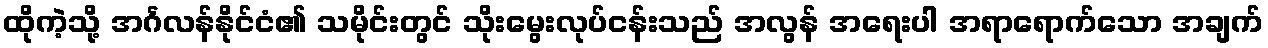
ထိုကဲ့သို့ အင်္ဂလန်နိုင်ငံ၏ သမိုင်းတွင် သိုးမွေးလုပ်ငန်းသည် အလွန် အရေးပါ အရာရောက်သော အချက်